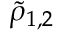
\tilde { \rho } _ { 1 , 2 }